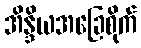
အိန္ဒိယအခြေစိုက်